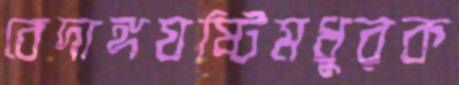
বেদাঙ্গযষ্টিমধুরক